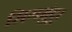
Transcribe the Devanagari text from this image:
सिगमुंदूर